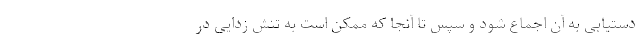
دستیابی به آن اجماع شود و سپس تا آنجا که ممکن است به تنش زدایی در